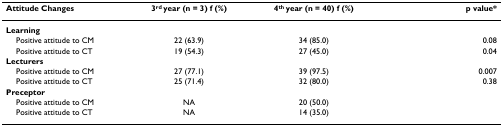
<table><thead><tr><td><b>Attitude Changes</b></td><td><b>3<sup>rd </sup>year (n = 3) f (%)</b></td><td><b>4<sup>th </sup>year (n = 40) f (%)</b></td><td><b>p value*</b></td></tr></thead><tbody><tr><td><b>Learning</b></td><td></td><td></td><td></td></tr><tr><td> Positive attitude to CM</td><td>22 (63.9)</td><td>34 (85.0)</td><td>0.08</td></tr><tr><td> Positive attitude to CT</td><td>19 (54.3)</td><td>27 (45.0)</td><td>0.04</td></tr><tr><td><b>Lecturers</b></td><td></td><td></td><td></td></tr><tr><td> Positive attitude to CM</td><td>27 (77.1)</td><td>39 (97.5)</td><td>0.007</td></tr><tr><td> Positive attitude to CT</td><td>25 (71.4)</td><td>32 (80.0)</td><td>0.38</td></tr><tr><td><b>Preceptor</b></td><td></td><td></td><td></td></tr><tr><td> Positive attitude to CM</td><td>NA</td><td>20 (50.0)</td><td></td></tr><tr><td> Positive attitude to CT</td><td>NA</td><td>14 (35.0)</td><td></td></tr></tbody></table>